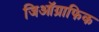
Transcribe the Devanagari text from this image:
जिऑग्राफिक